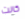
كانت